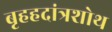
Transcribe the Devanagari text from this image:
बृहहदांत्रशोथ